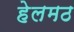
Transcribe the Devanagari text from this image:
हेलमठ